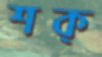
শক্